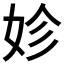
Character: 𡛧